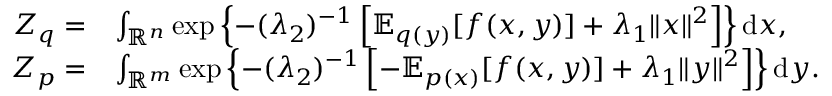
\begin{array} { r l } { Z _ { q } = } & { \int _ { \mathbb { R } ^ { n } } \exp \left\{ - ( \lambda _ { 2 } ) ^ { - 1 } \left[ \mathbb { E } _ { q ( y ) } [ f ( x , y ) ] + \lambda _ { 1 } \| x \| ^ { 2 } \right] \right\} \mathrm { d } x , } \\ { Z _ { p } = } & { \int _ { \mathbb { R } ^ { m } } \exp \left\{ - ( \lambda _ { 2 } ) ^ { - 1 } \left[ - \mathbb { E } _ { p ( x ) } [ f ( x , y ) ] + \lambda _ { 1 } \| y \| ^ { 2 } \right] \right\} \mathrm { d } y . } \end{array}